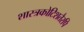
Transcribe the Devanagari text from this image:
शास्त्रकोटिशतैरपि